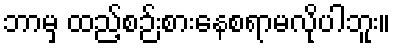
ဘာမှ ထည့်စဉ်းစားနေစရာမလိုပါဘူး။